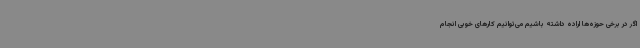
اگر در برخی حوزه‌ها اراده داشته باشیم می‌توانیم کارهای خوبی انجام